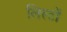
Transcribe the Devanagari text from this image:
लिस्टों